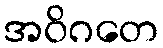
အဝိဂတေ